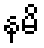
နမိ